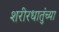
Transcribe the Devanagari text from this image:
शरीरधातुंच्या